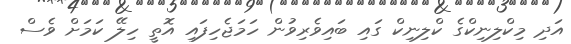
އަދި މިކްލިނިކްގެ ކްލިނިކް ގައި ބައިވެރިވުން ހަމަޖެހިފައި އޮތީ ހިލޭ ކަމަށް ވެސް